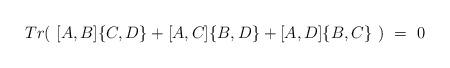
LaTeX: \begin{align*}Tr ( \ [A,B] \{ C,D \} + [A,C] \{ B,D \} + [A,D] \{ B,C \} \ )\ = \ 0\end{align*}